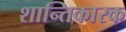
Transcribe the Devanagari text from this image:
शान्तिकारक